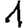
Digit: 1